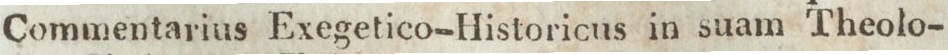
Commentarius Exegetico-Historicus in suam Theolo-